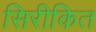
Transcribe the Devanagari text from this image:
सिरीकित